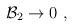
LaTeX: \begin{align*}{\cal B}_2 \rightarrow 0 \ ,\end{align*}